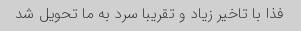
فذا با تاخیر زیاد و تقریبا سرد به ما تحویل شد